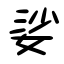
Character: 娑